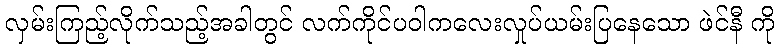
လှမ်းကြည့်လိုက်သည့်အခါတွင် လက်ကိုင်ပဝါကလေးလှုပ်ယမ်းပြနေသော ဖဲင်နီ ကို